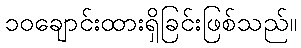
၁၀ချောင်းထားရှိခြင်းဖြစ်သည်။